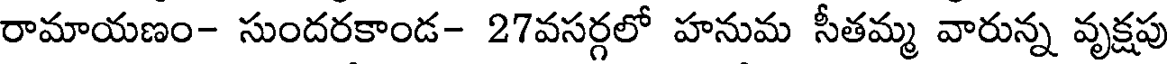
రామాయణం- సుందరకాండ- 27వసర్గలో హనుమ సీతమ్మ వారున్న వృక్షపు